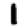
Digit: 1